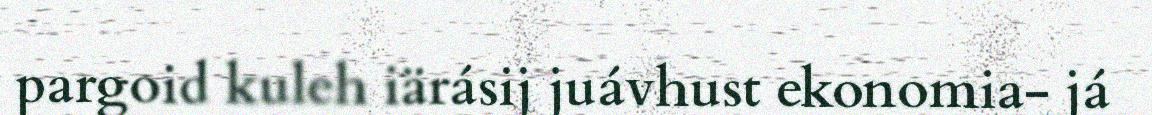
pargoid kuleh iärásij juávhust ekonomia- já